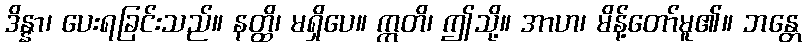
ဒိန္နာ၊ ပေးရခြင်းသည်။ နတ္ထိ၊ မရှိပေ။ ဣတိ၊ ဤသို့။ အာဟ၊ မိန့်တော်မူ၏။ ဘန္တေ